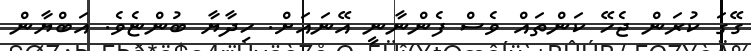
ގޭގަ ކުރަން ޖެހޭ ކަންތައް ވެސް ފެންނާނީ އޭނައަށް. ހިދާޔާ ބުންޏެވެ. އަބްޔާން